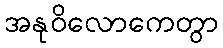
အနုဝိလောကေတွာ